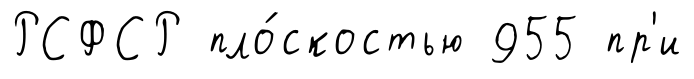
РСФСР пло́скостью 955 пр'и